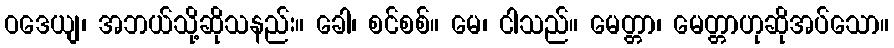
ဝဒေယျ၊ အဘယ်သို့ဆိုသနည်း။ ခေါ၊ စင်စစ်။ မေ၊ ငါသည်။ မေတ္တာ၊ မေတ္တာဟုဆိုအပ်သော။